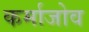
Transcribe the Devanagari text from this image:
कर्माजोव